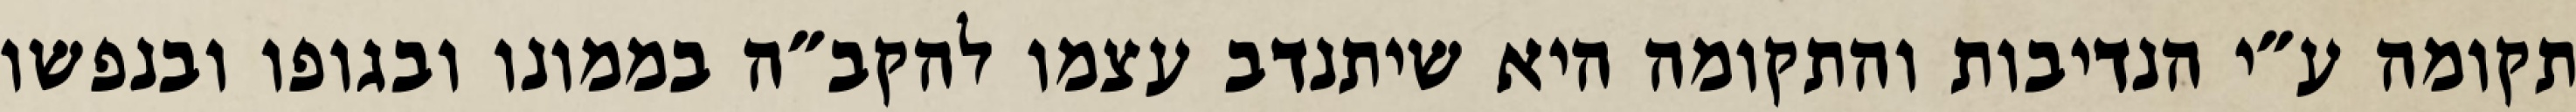
תקומה ע״י הנדיבות והתקומה היא שיתנדב עצמו להקב״ה בממונו ובגופו ובנפשו